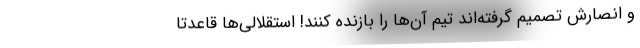
و انصارش تصمیم گرفته‌اند تیم آن‌ها را بازنده کنند! استقلالی‌ها قاعدتاً